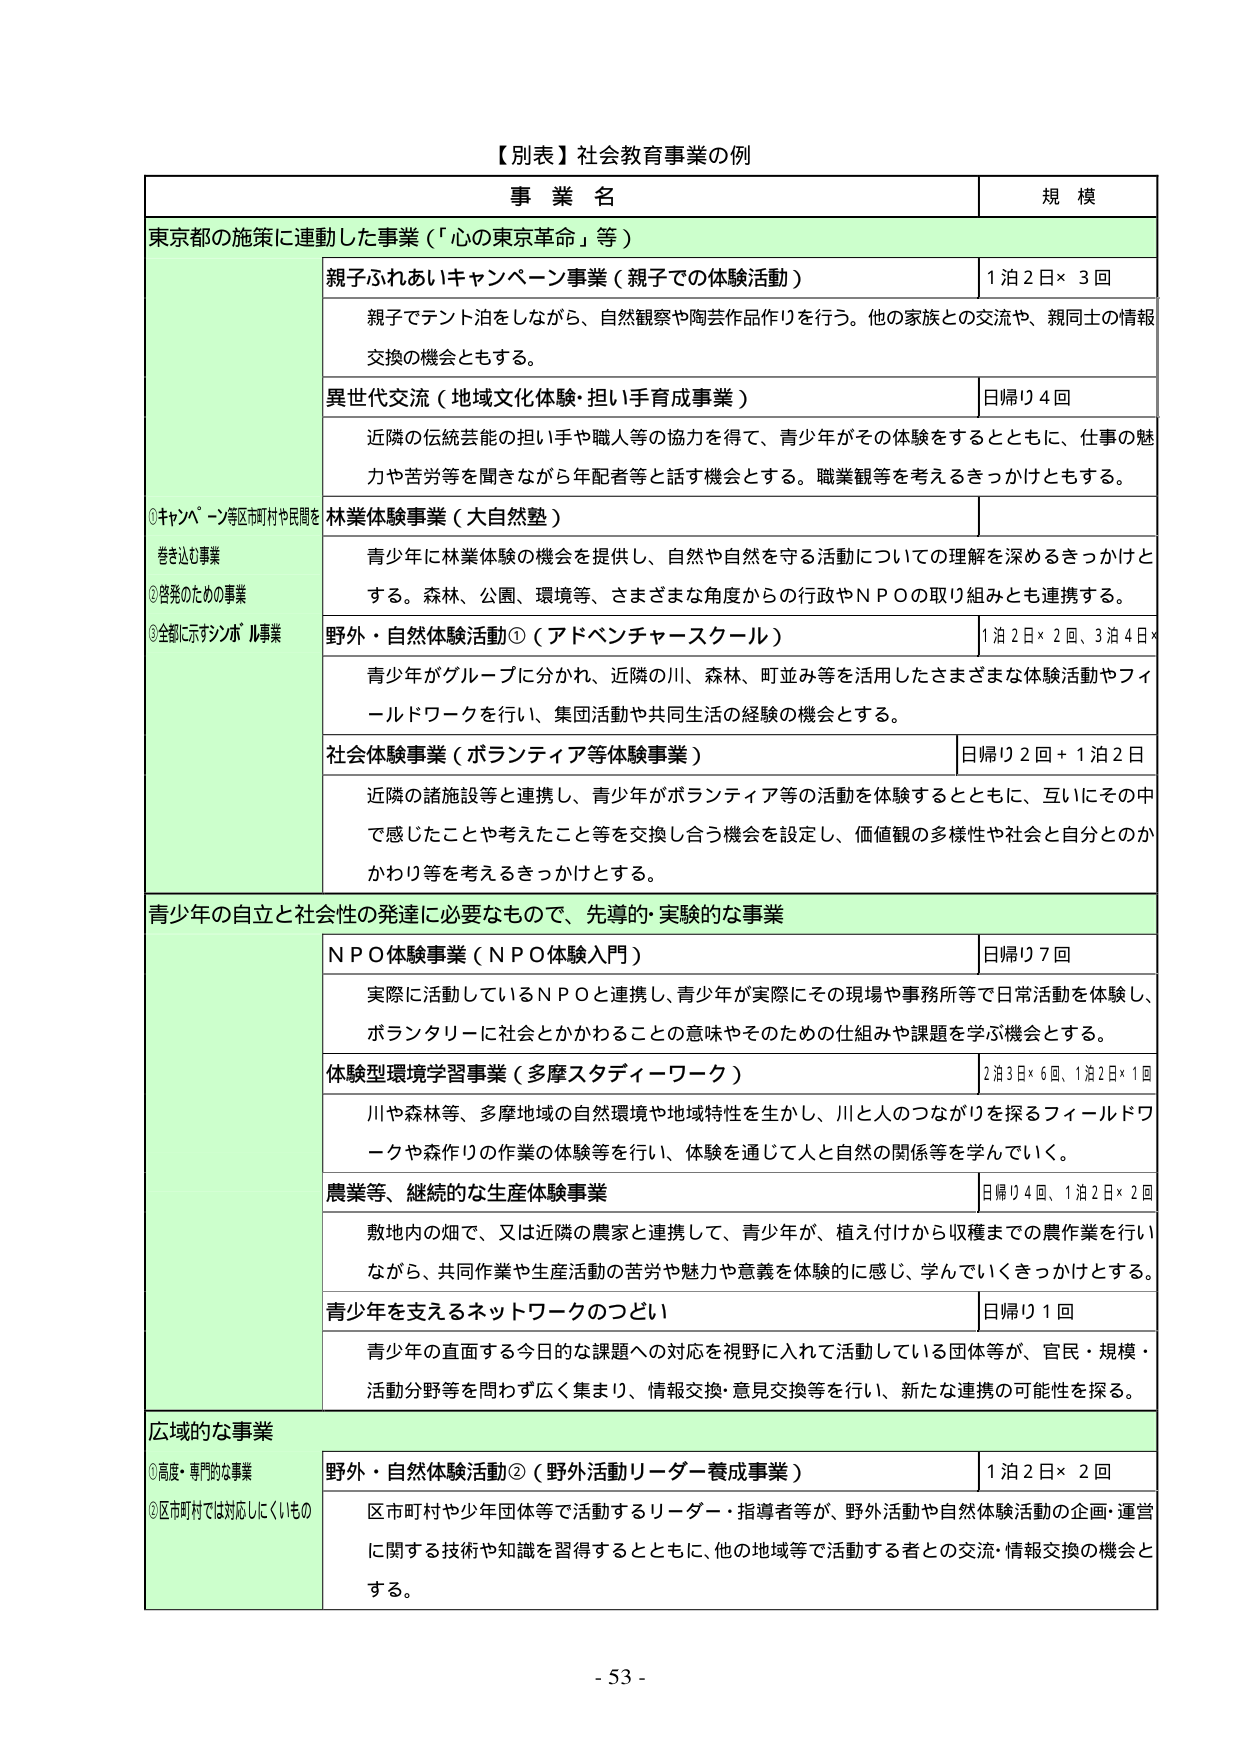
【別表】社会教育事業の例

事 業 名